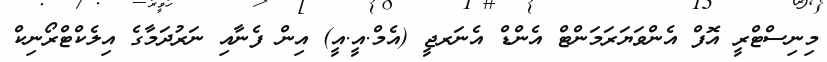
މިނިސްޓްރީ އޮފް އެންވަޔަރަމަންޓް އެންޑް އެނަރޖީ (އެމް.އީ.އީ) އިން ފެނާއި ނަރުދަމާގެ އިލެކްޓްރޯނިކް